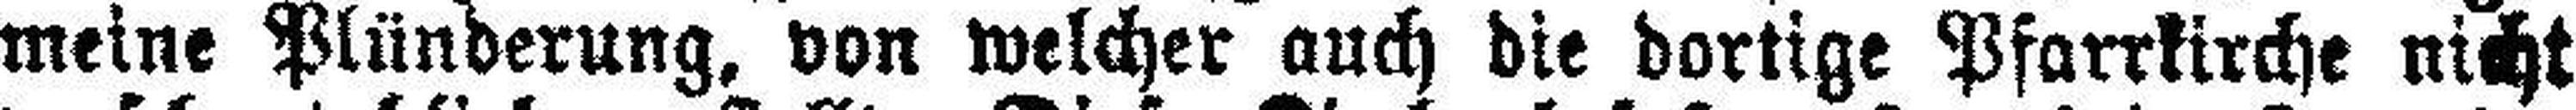
meine Plünderung, von welcher auch die dortige Pfarrkirche nicht